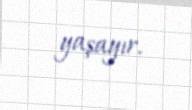
yaşayır.